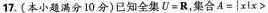
17.(本小题满分10分)已经全集U=R，集合A={x|x>